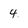
Character: 4